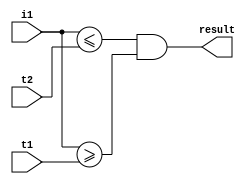
// result = 1 if t1 <= i1 <= t2
// result = 0 otherwise 
//no longer used
module comp(
	input [9 : 0] i1,
	input [9 : 0] t1,
	input [9 : 0] t2,
	output result
    );
	assign result = ((i1 <= t2) && (i1 >= t1));
	// if((i1 <= t2) && (i1 >= t1))
	// 	result <= 1'b1;
	// else
	// 	result <= 1'b0; 


endmodule